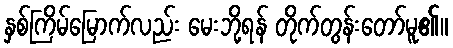
နှစ်ကြိမ်မြောက်လည်း မေးဘို့ရန် တိုက်တွန်းတော်မူ၏။